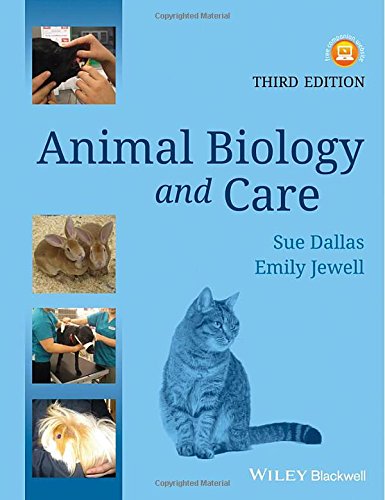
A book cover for Animal Biology and Care; Sue Dallas; Medical Books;